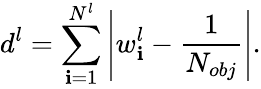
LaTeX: d^{l}=\sum_{\mathbf{i}=1}^{N^{l}}\left|w_{\mathbf{i}}^{l}-\frac{{1}}{{N_{obj}}}\right|.